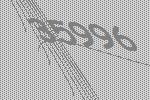
35996